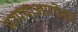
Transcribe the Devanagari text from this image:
मरण्याआगोदर